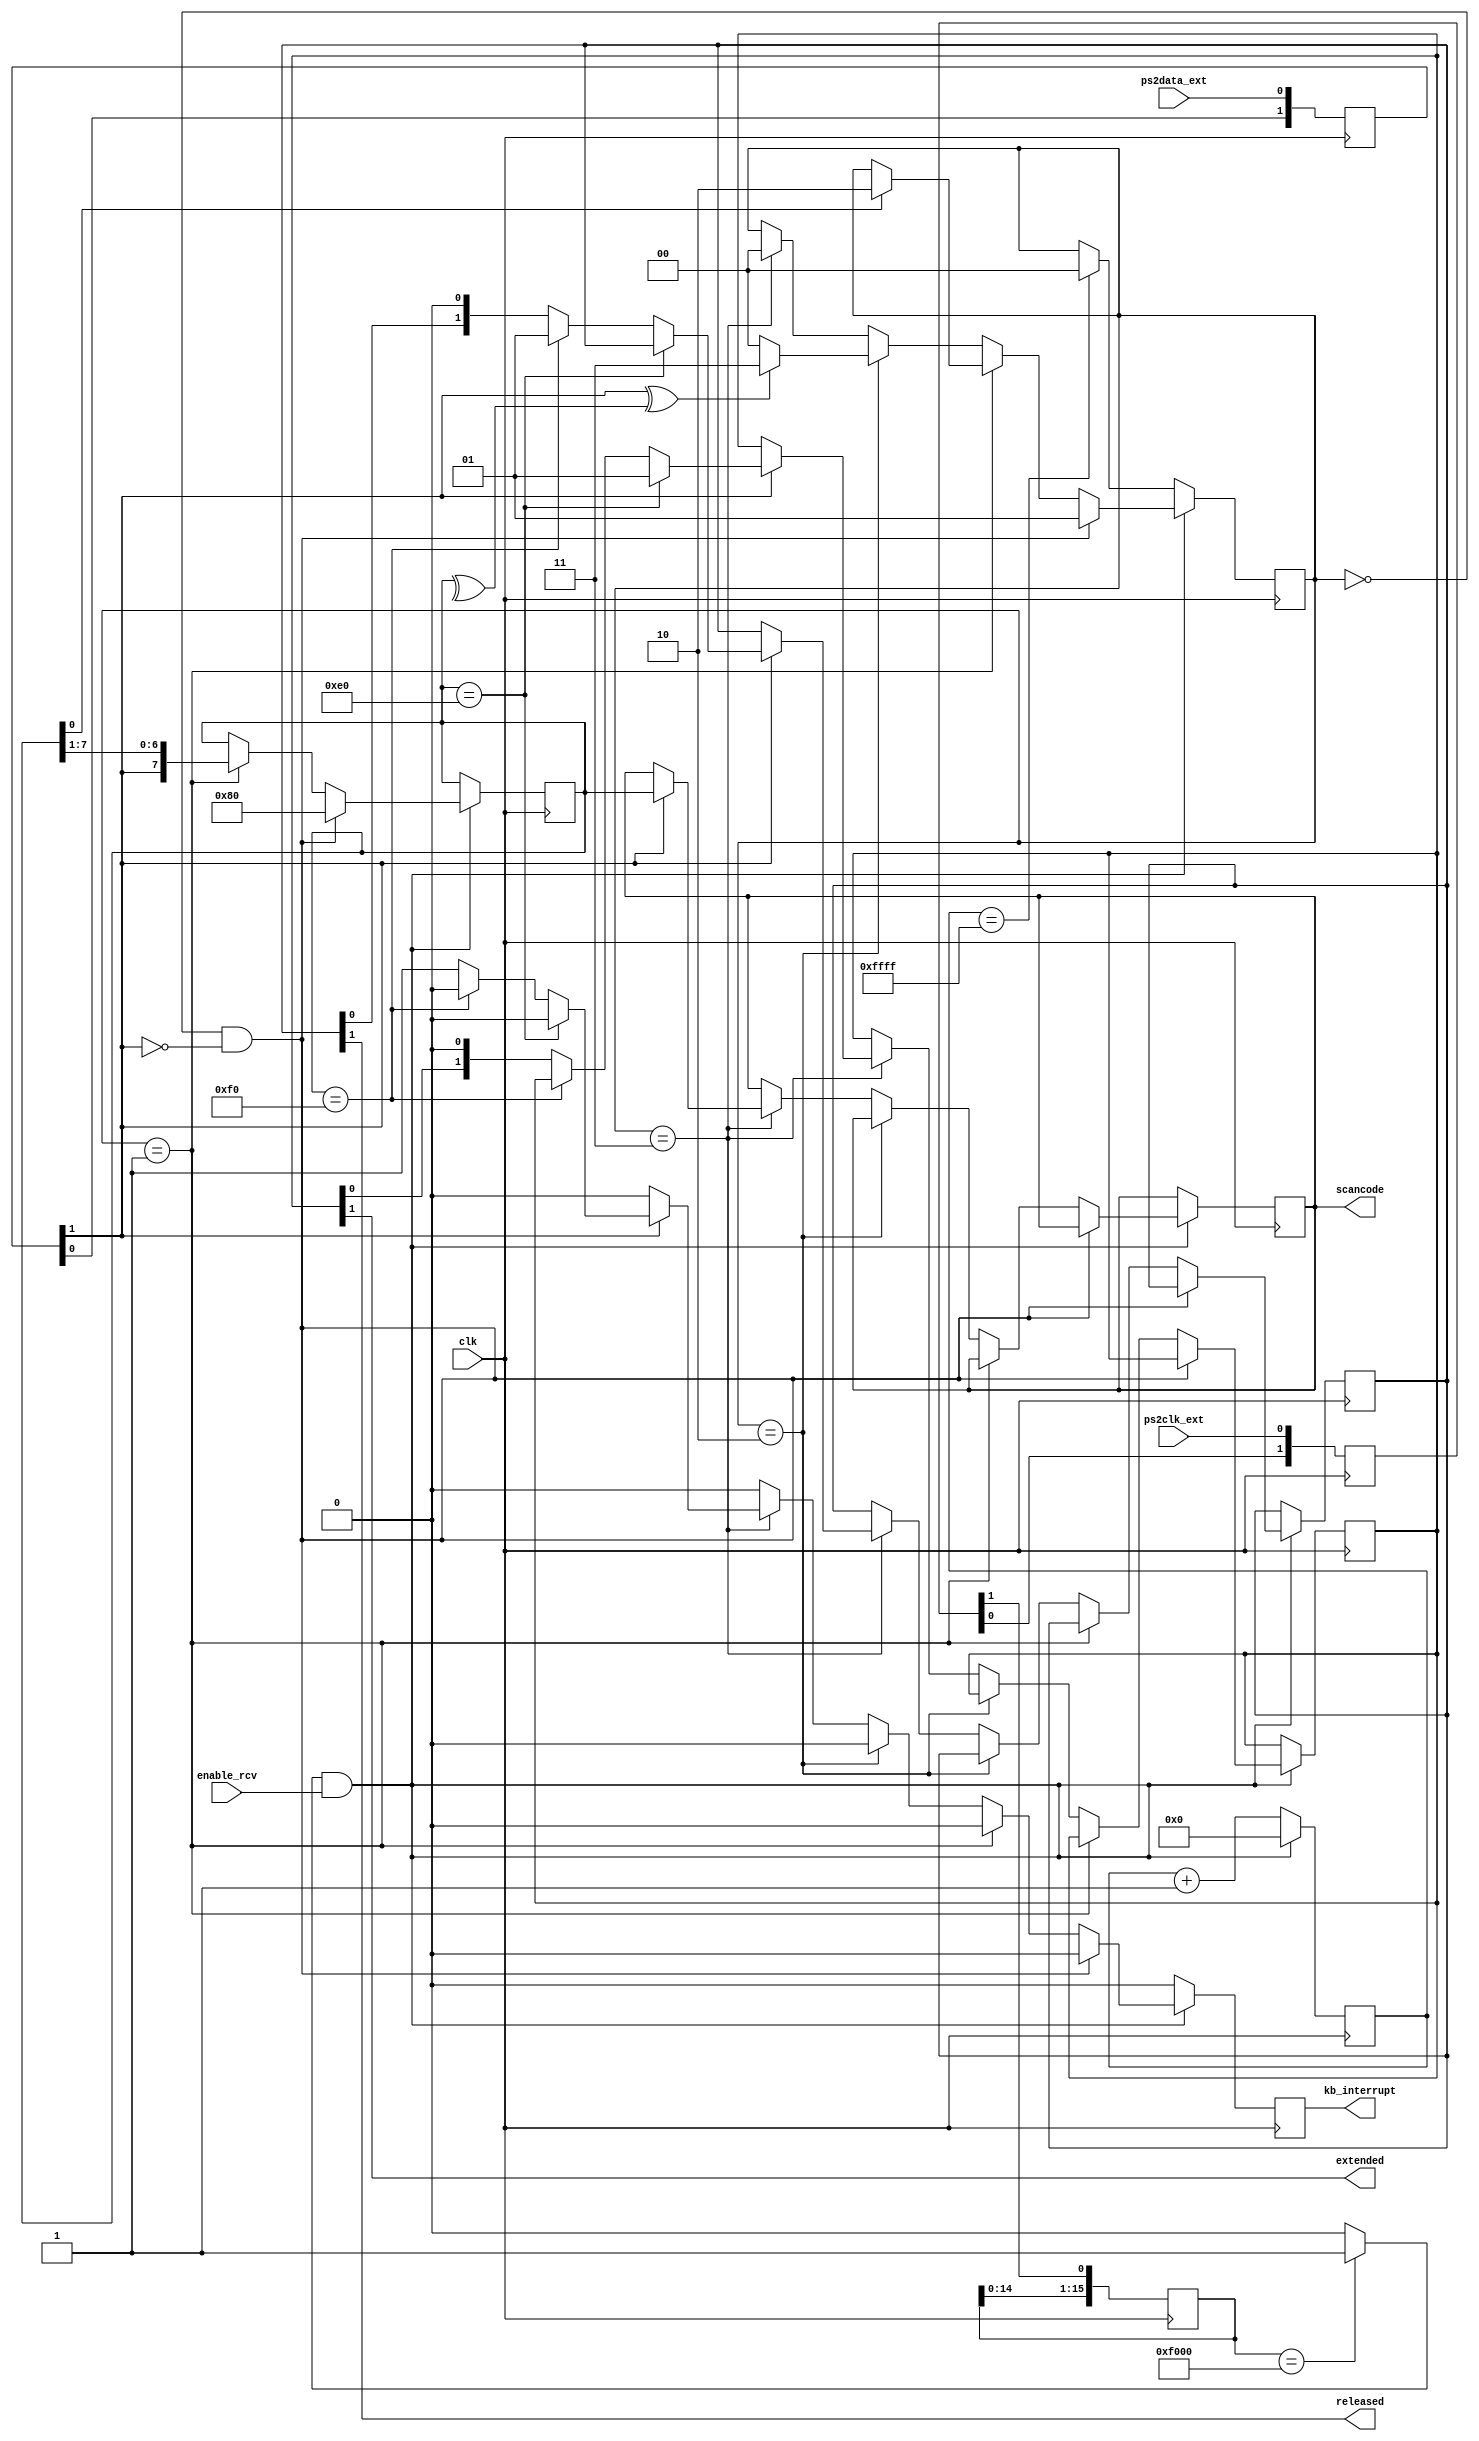
module ps2_port (
    input wire clk,  // se recomienda 1 MHz <= clk <= 600 MHz
    input wire enable_rcv,  // habilitar la maquina de estados de recepcion
    input wire ps2clk_ext,
    input wire ps2data_ext,
    output wire kb_interrupt,  // a 1 durante 1 clk para indicar nueva tecla recibida
    output reg [7:0] scancode, // make o breakcode de la tecla
    output wire released,  // soltada=1, pulsada=0
    output wire extended  // extendida=1, no extendida=0
    );
    
    `define RCVSTART    2'b00
    `define RCVDATA     2'b01 
    `define RCVPARITY   2'b10
    `define RCVSTOP     2'b11

    reg [7:0] key = 8'h00;

    // Fase de sincronizacion de seales externas con el reloj del sistema
    reg [1:0] ps2clk_synchr;
    reg [1:0] ps2dat_synchr;
    wire ps2clk = ps2clk_synchr[1];
    wire ps2data = ps2dat_synchr[1];
    always @(posedge clk) begin
        ps2clk_synchr[0] <= ps2clk_ext;
        ps2clk_synchr[1] <= ps2clk_synchr[0];
        ps2dat_synchr[0] <= ps2data_ext;
        ps2dat_synchr[1] <= ps2dat_synchr[0];
    end

    // De-glitcher. Slo detecto flanco de bajada
    reg [15:0] negedgedetect = 16'h0000;
    always @(posedge clk) begin
        negedgedetect <= {negedgedetect[14:0], ps2clk};
    end
    wire ps2clkedge = (negedgedetect == 16'hF000)? 1'b1 : 1'b0;
    
    // Paridad instantnea de los bits recibidos
    wire paritycalculated = ^key;
    
    // Contador de time-out. Al llegar a 65536 ciclos sin que ocurra
    // un flanco de bajada en PS2CLK, volvemos al estado inicial
    reg [15:0] timeoutcnt = 16'h0000;

    reg [1:0] state = `RCVSTART;
    reg [1:0] regextended = 2'b00;
    reg [1:0] regreleased = 2'b00;
    reg rkb_interrupt = 1'b0;
    assign released = regreleased[1];
    assign extended = regextended[1];
    assign kb_interrupt = rkb_interrupt;
    
    always @(posedge clk) begin
        if (rkb_interrupt == 1'b1) begin
            rkb_interrupt <= 1'b0;
        end
        if (ps2clkedge && enable_rcv) begin
            timeoutcnt <= 16'h0000;
            if (state == `RCVSTART && ps2data == 1'b0) begin
                state <= `RCVDATA;
                key <= 8'h80;
            end
            else if (state == `RCVDATA) begin
                key <= {ps2data, key[7:1]};
                if (key[0] == 1'b1) begin
                    state <= `RCVPARITY;
                end
            end
            else if (state == `RCVPARITY) begin
                if (ps2data^paritycalculated == 1'b1) begin
                    state <= `RCVSTOP;
                end
                else begin
                    state <= `RCVSTART;
                end
            end
            else if (state == `RCVSTOP) begin
                state <= `RCVSTART;                
                if (ps2data == 1'b1) begin
                   scancode <= key;
                   if (key == 8'hE0) begin
                     regextended <= 2'b01;
                   end
                   else if (key == 8'hF0) begin
                     regreleased <= 2'b01;
                   end
                   else begin
                     regextended <= {regextended[0], 1'b0};
                     regreleased <= {regreleased[0], 1'b0};
                     rkb_interrupt <= 1'b1;
                   end
                end
            end       
        end           
        else begin
            timeoutcnt <= timeoutcnt + 1;
            if (timeoutcnt == 16'hFFFF) begin
                state <= `RCVSTART;
            end
        end
    end
endmodule